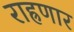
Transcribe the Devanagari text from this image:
राह्रणार